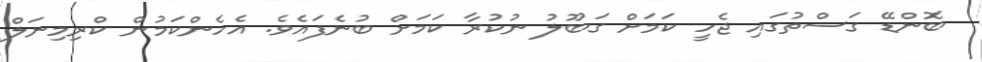
ބޮންޑޭ ގަސްތުގައި ޖެހީ ކަމަށް ގަބޫލު ނުކުރާ ކަމަށް ބުނެފައެވެ. އެހެންކަމުން ކްރިމިނަލް